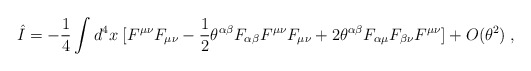
\begin{align*}\hat{I} = - \frac{1}{4} \int d^4 x \; [F^{\mu \nu} F_{\mu \nu} -\frac{1}{2} \theta^{\alpha \beta} F_{\alpha \beta} F^{\mu \nu} F_{\mu \nu} + 2 \theta^{\alpha \beta} F_{\alpha \mu} F_{\beta \nu} F^{\mu \nu}] + O(\theta^2) \;,\end{align*}